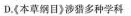
D.《本草纲目》涉猎多种学科